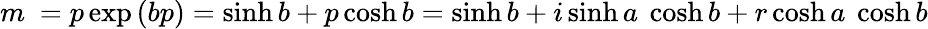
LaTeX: m~=p\exp{(bp)}=\sinh b+p\cosh b=\sinh b+i\sinh a~\cosh b+r\cosh a~\cosh b